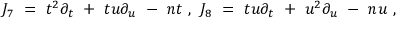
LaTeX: J _ { 7 } \ = \ t ^ { 2 } \partial _ { t } \ + \ t u \partial _ { u } \ - \ n t \ , \ J _ { 8 } \ = \ t u \partial _ { t } \ + \ u ^ { 2 } \partial _ { u } \ - \ n u \ ,